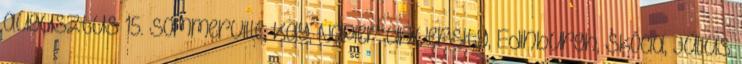
augusztus 15. Sommerville, Kay, Napier University, Edinburgh, Skócia, július